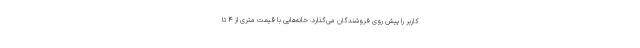
کاربر را پیش روی فروشندگان می‌گذارد. خانه‌هایی با قیمت متری از ۴ تا